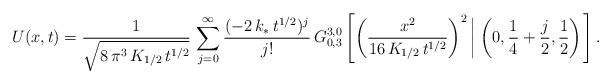
\begin{align*}U(x,t) = \frac{1}{\sqrt{8\,\pi^3\,K_{1/2}\,t^{1/2}}}\,\sum\limits_{j=0}^{\infty}\frac{(-2\,k_\ast\,t^{1/2})^j}{j!}\,G^{3,0}_{0,3}\left[ \left(\frac{x^2}{16\,K_{1/2}\,t^{1/2}}\right)^2 \left| \; \left( 0,\frac{1}{4} + \frac{j}{2}, \frac{1}{2}\right)\right.\right].\end{align*}